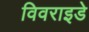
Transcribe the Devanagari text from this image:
विवराइडे